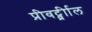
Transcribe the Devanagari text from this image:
प्रीवर्ट्व्रीाल